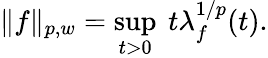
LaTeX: \| f\| _{p,w}=\operatorname*{sup}_{t>0}~t\lambda_{f}^{1/p}(t).